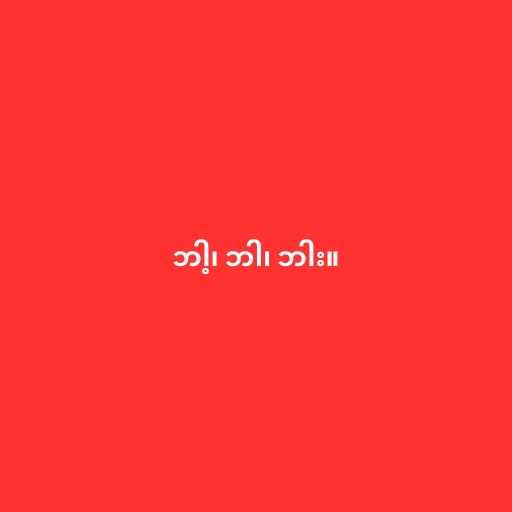
ဘါ့၊ ဘါ၊ ဘါး။